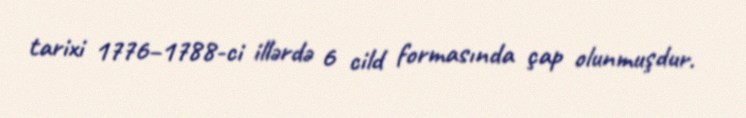
tarixi 1776–1788-ci illərdə 6 cild formasında çap olunmuşdur.